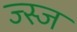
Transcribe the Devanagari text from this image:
ज्स्ज